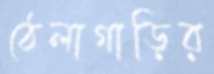
ঠেলাগাড়ির